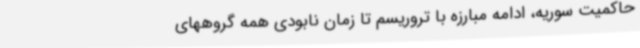
حاکمیت سوریه، ادامه مبارزه با تروریسم تا زمان نابودی همه گروههای